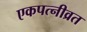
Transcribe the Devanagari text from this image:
एकपत्‍नीव्रत